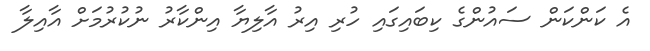
އެ ކަންކަން ސައުންގެ ކިބައިގައި ހުރި އިރު އާލިޔާ އިންކާރު ނުކުރުމަށް އާއިލާ